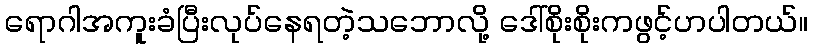
ရောဂါအကူးခံပြီးလုပ်နေရတဲ့သဘောလို့ ဒေါ်စိုးစိုးကဖွင့်ဟပါတယ်။